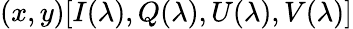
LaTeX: (x,y)[I(\lambda),Q(\lambda),U(\lambda),V(\lambda)]